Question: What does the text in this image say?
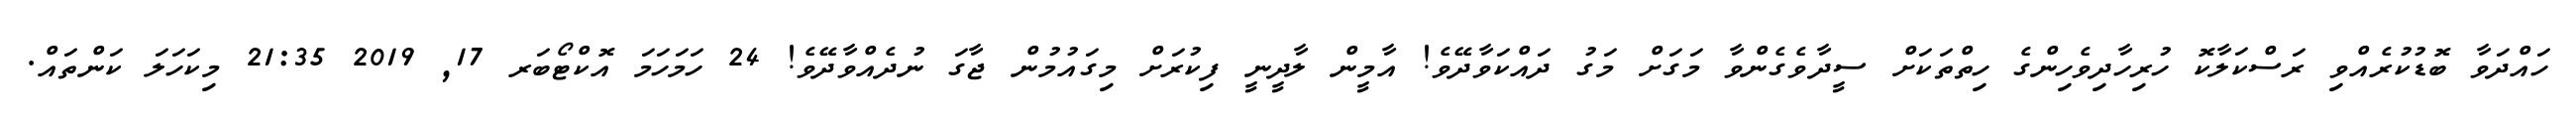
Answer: ހައްދަވާ ބޮޑުކުރެއްވި ރަސްކަލާކޮ ހުރިހާދިވެހިންގެ ހިތްތަކަށް ސީދާވެގެންވާ މަގަށް މަގު ދައްކަވާދޭވެ! އާމީން ލާދީނީ ފިކުރަށް މިގައުމުން ޖާގަ ނުދެއްވާދޭވެ! 24 ހަމަހަމަ އޮކްޓޯބަރ 17, 2019 21:35 މިކަހަލަ ކަންތައް.